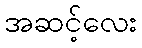
အဆင့်လေး